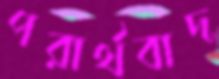
পরার্থবাদ